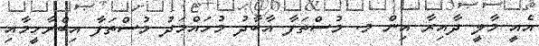
އެއީ މާލީ ދާއިރާ އިން މ. މުސްތަފާ އާބާދު މުހައްމަދު މުސްތަފާ އިބްރާހީމާއި